Leaving Certificate Examination, 1919
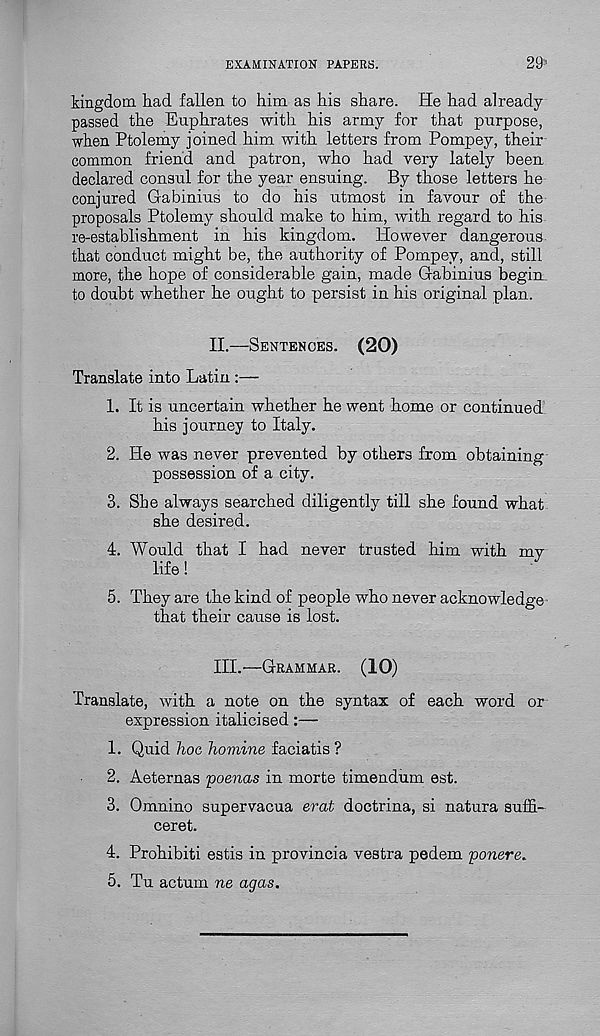
EXAMINATION PAPERS.
29
kingdom had fallen to him as his share. He had already
passed the Euphrates with his army for that purpose,
when Ptolemy joined him with letters from Pompey, their
common friend and patron, who had very lately been
declared consul for the year ensuing. By those letters he
conjured Gabinius to do his utmost in favour of the
proposals Ptolemy should make to him, with regard to his
re-establishment in his kingdom. However dangerous
that conduct might be, the authority of Pompey, and, still
more, the hope of considerable gain, made Gabinius begin,
to doubt whether he ought to persist in his original plan.
II.
—
Translate into Latin :—
1. It is uncertain whether he went home or continued
his journey to Italy.
2. He was never prevented by others from obtaining
possession of a city.
3. She always searched diligently till she found what
she desired.
4. Would that I had never trusted him with my
life!
5. They are the kind of people who never acknowledge
that their cause is lost.
III.
-
Translate, with a note on the syntax of each word or
expression italicised:—
1. Quid hoc homine faciatis ?
2. Aeternas 'poenas in morte timendum est.
3. Omnino supervacua erat doctrina, si natura suffi-
ceret.
4. Prohibiti estis in provincia vestra pedem ponere*
5. Tu actum ne agas.